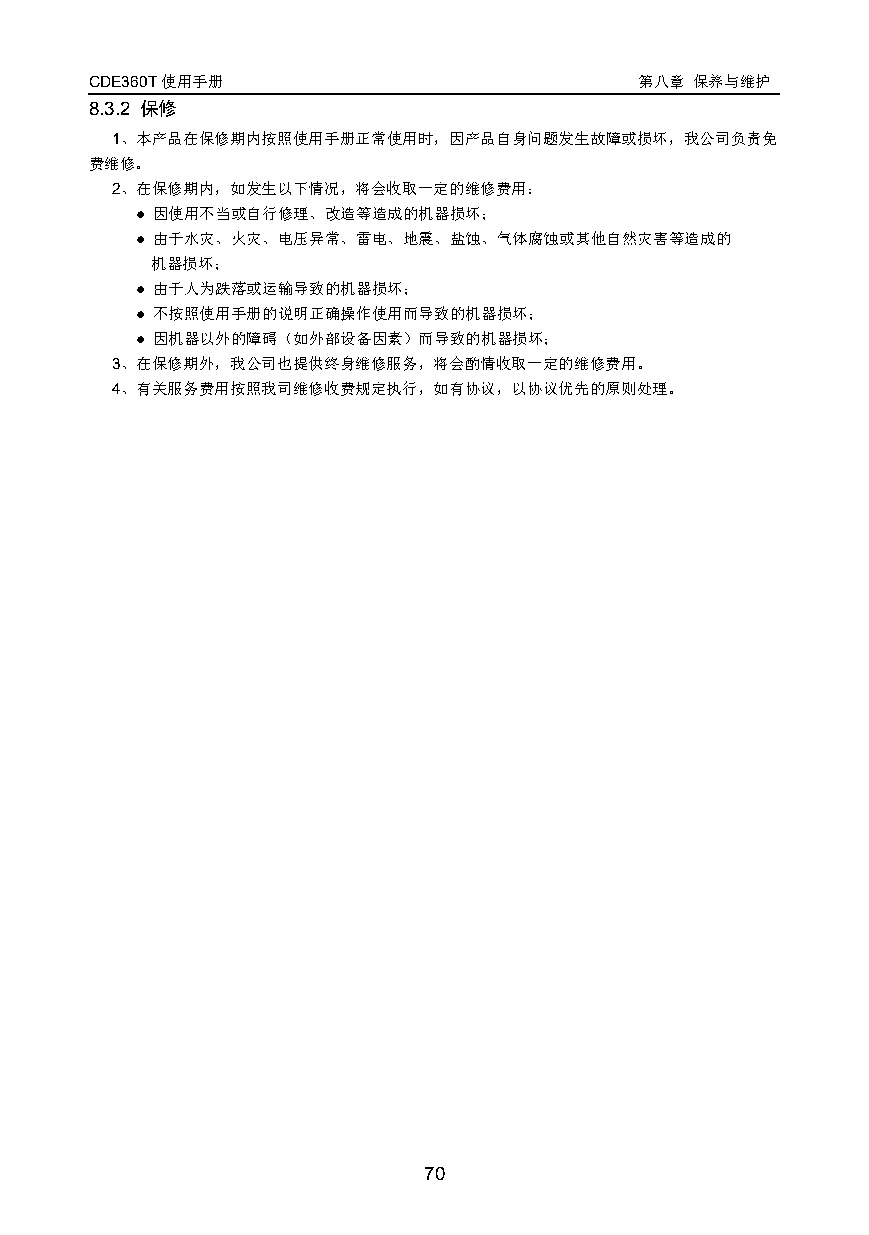
CDE360T使用手册                         第八章 保养与维护
 8.3.2 保修
 1、本产品在保修期内按照使用手册正常使用时，因产品自身问题发生故障或损坏，我公司负责免
 费维修。
 2、在保修期内，如发生以下情况，将会收取一定的维修费用：
 ● 因使用不当或自行修理、改造等造成的机器损坏；
 ● 由于水灾、火灾、电压异常、雷电、地震、盐蚀、气体腐蚀或其他自然灾害等造成的
 机器损坏；
 ● 由于人为跌落或运输导致的机器损坏；
 ● 不按照使用手册的说明正确操作使用而导致的机器损坏；
 ● 因机器以外的障碍（如外部设备因素）而导致的机器损坏；
 3、在保修期外，我公司也提供终身维修服务，将会酌情收取一定的维修费用。
 4、有关服务费用按照我司维修收费规定执行，如有协议，以协议优先的原则处理。
 70